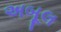
અબૂલ